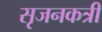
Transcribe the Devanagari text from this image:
सृजनकत्री